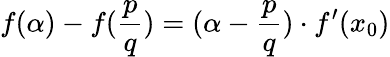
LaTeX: f(\alpha)-f({\frac{p}{q}})=(\alpha-{\frac{p}{q}})\cdot f^{\prime}(x_{0})